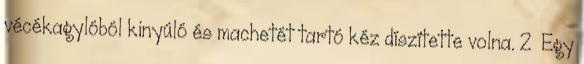
vécékagylóból kinyúló és machetét tartó kéz díszítette volna. 2 Egy